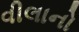
વીલાનો